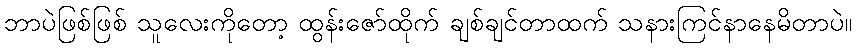
ဘာပဲဖြစ်ဖြစ် သူလေးကိုတော့ ထွန်းဇော်ထိုက် ချစ်ချင်တာထက် သနားကြင်နာနေမိတာပဲ။